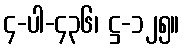
၄-ပါ-၄၃၆၊ ဋ္ဌ-၁၂၅။